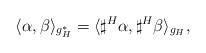
LaTeX: \begin{align*} \langle \alpha, \beta \rangle_{g_H^*} = \langle \sharp^H \alpha, \sharp^H \beta \rangle_{g_H},\end{align*}